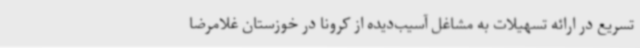
تسریع در ارائه تسهیلات به مشاغل آسیب‌دیده از کرونا در خوزستان غلامرضا